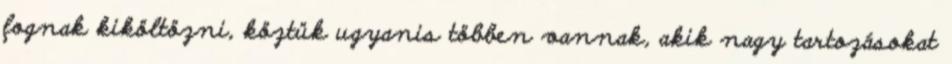
fognak kiköltözni, köztük ugyanis többen vannak, akik nagy tartozásokat